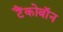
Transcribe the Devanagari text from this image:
टैंकोबाॅन